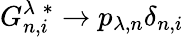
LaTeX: G_{n,i}^{\lambda\; *}\to p_{\lambda,n}\delta_{n,i}